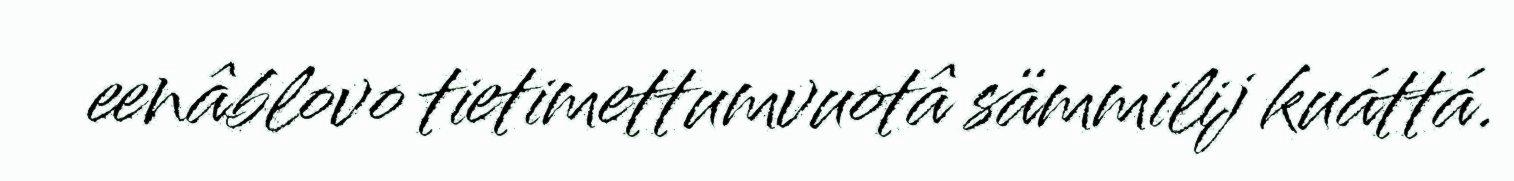
eenâblovo tietimettumvuotâ sämmilij kuáttá.